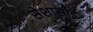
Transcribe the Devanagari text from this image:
सेशासाई